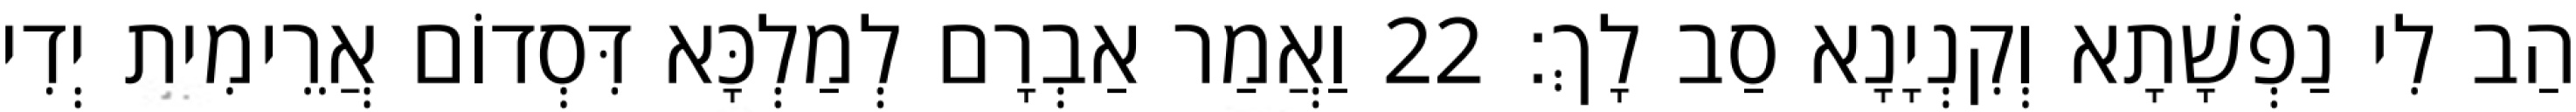
הַב לִי נַפְשָׁתָא וְקִנְיָנָא סַב לָךְ׃ 22 וַאֲמַר אַבְרָם לְמַלְכָּא דִּסְדוֹם אֲרֵימִית יְדִי